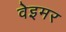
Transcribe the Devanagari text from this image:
वेइमर